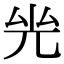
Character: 𠒊